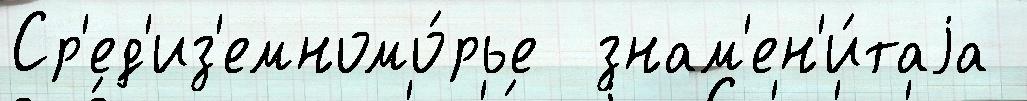
Ср'ед'из'емномо́рье  знам'ен'и́таjа